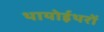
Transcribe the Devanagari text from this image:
थायोईथरों